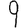
Digit: 9